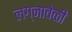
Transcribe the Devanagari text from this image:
लग्नावेळी